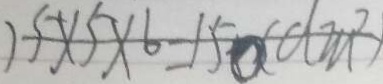
1 5 \times 5 \times 6 = 1 5 0 ( d m ^ { 2 } )